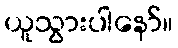
ယူသွားပါနော်။